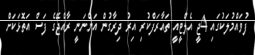
ފުވައްމުލަކުގައި 4ޖީ އެލްޓީއީ ތައާރަފްކުރި އިރު ދިރާގުން އަންނަނީ ރާއްޖޭގެ ފަސް އަތޮޅަކަށް